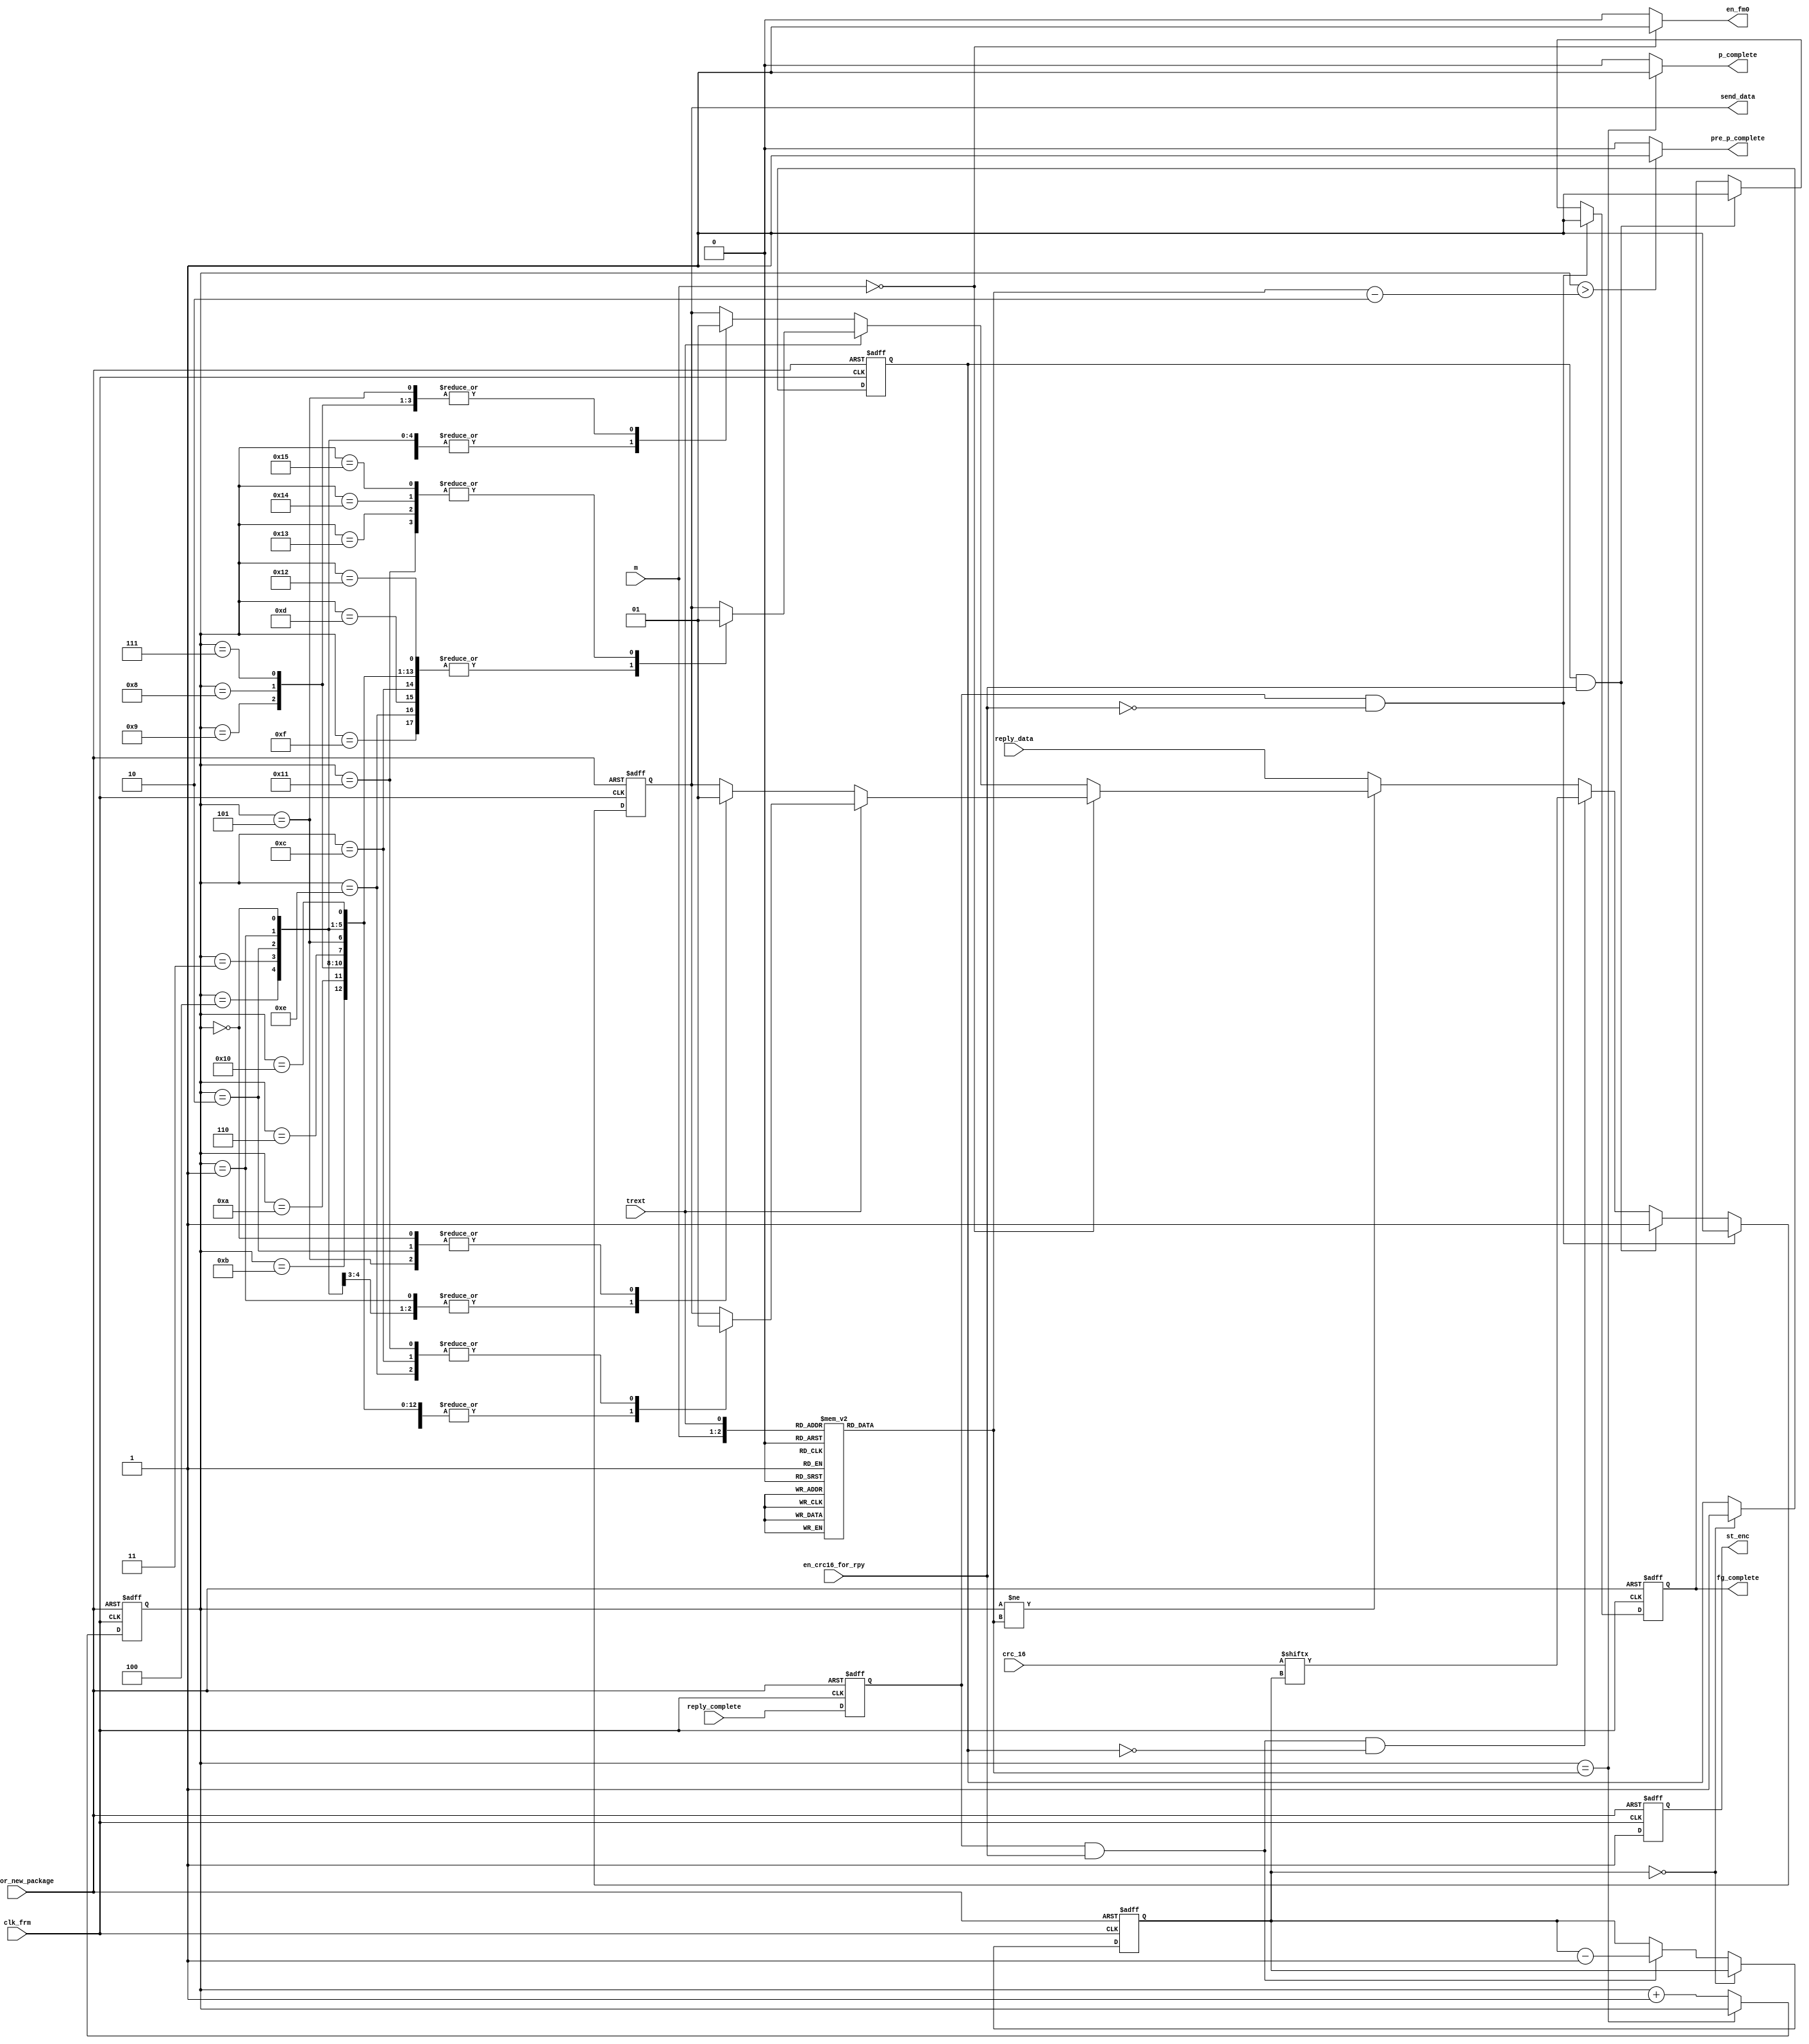
/*
	*	Frame Generator
	*
	*	Generate the replied package from Tag to Reader
	*	including Preamle, Replied Data, End-of-Signaling
	*
	*	Support FM0 Encoder and Miller Encoder in M = 2, 4, 8
	*	the forms of encoding is depends on M
	*
	*	Two forms of preamble, which is depends on Trext
*/


`timescale 1us / 1ns


module frmgen
(
output reg send_data,
output en_fm0,
output reg st_enc,
output pre_p_complete,
output p_complete,
output reg fg_complete,
input clk_frm,
input rst_for_new_package,
input reply_data,
input [15:0]crc_16,
input [1:0]m,
input trext,
input reply_complete,
input en_crc16_for_rpy
);


reg reply_complete_d;
reg [4:0]cnt_end;
reg [4:0]p_cnt;
reg [3:0]crc_cnt;
reg crc_complete;


assign en_fm0 = (m == 2'b00)? 1'b1 : 1'b0;

assign pre_p_complete = (p_cnt > (cnt_end - 5'h2))? 1'b1 : 1'b0;

assign p_complete = (p_cnt == cnt_end)? 1'b1 : 1'b0;

always@(posedge clk_frm or negedge rst_for_new_package) begin
	if(~rst_for_new_package) st_enc <= 1'b0;
	else st_enc <= 1'b1;
end

always@(posedge clk_frm or negedge rst_for_new_package) begin
	if(~rst_for_new_package) reply_complete_d <= 1'b0;
	else reply_complete_d <= reply_complete;
end

always@(*) begin
	case({m, trext})
		3'b000 : cnt_end = 5'h6;
		3'b001 : cnt_end = 5'h12;
		3'b010 : cnt_end = 5'ha;
		3'b011 : cnt_end = 5'h16;
		3'b100 : cnt_end = 5'ha;
		3'b101 : cnt_end = 5'h16;
		3'b110 : cnt_end = 5'ha;
		3'b111 : cnt_end = 5'h16;
	endcase
end

always@(posedge clk_frm or negedge rst_for_new_package) begin
	if(~rst_for_new_package) p_cnt <= 5'h0;
	else begin
		if(p_cnt == cnt_end) p_cnt <= p_cnt;
		else p_cnt <= p_cnt + 5'h1;
	end
end

always@(posedge clk_frm or negedge rst_for_new_package) begin
	if(~rst_for_new_package) send_data <= 1'b0;
	else if(~en_crc16_for_rpy & reply_complete_d) send_data <= 1'b1;
	else if(en_crc16_for_rpy &  crc_complete) send_data <= 1'b1;
	else if(reply_complete_d & en_crc16_for_rpy & ~crc_complete) send_data <= crc_16[crc_cnt];
	else begin
		if(p_cnt != cnt_end) begin
			if(m == 2'b00) begin
				if(~trext) begin
					case(p_cnt)
						5'h0 : send_data <= 1'b1;
						5'h1 : send_data <= 1'b0;
						5'h2 : send_data <= 1'b1;
						5'h3 : send_data <= 1'b0;
						5'h4 : send_data <= 1'b0;
						5'h5 : send_data <= 1'b1;
					endcase
				end
				else begin
					case(p_cnt)	
						5'h0, 5'h1, 5'h2, 5'h3, 5'h4, 5'h5, 5'h6, 5'h7, 5'h8, 5'h9, 5'ha, 5'hb : send_data <= 1'b0;
						5'hc : send_data <= 1'b1;
						5'hd : send_data <= 1'b0;
						5'he : send_data <= 1'b1;
						5'hf : send_data <= 1'b0;
						5'h10 : send_data <= 1'b0;
						5'h11 : send_data <= 1'b1;
					endcase
				end
			end
			else begin
				if(~trext) begin
					case(p_cnt)
						5'h0, 5'h1, 5'h2, 5'h3 : send_data <= 1'b0;
						5'h4 : send_data <= 1'b0;
						5'h5 : send_data <= 1'b1;
						5'h6 : send_data <= 1'b0;
						5'h7 : send_data <= 1'b1;
						5'h8 : send_data <= 1'b1;
						5'h9 : send_data <= 1'b1;
					endcase
				end
				else begin
					case(p_cnt)
						5'h0, 5'h1, 5'h2, 5'h3, 5'h4, 5'h5, 5'h6, 5'h7, 5'h8, 5'h9, 5'ha, 5'hb, 5'hc, 5'hd, 5'he, 5'hf : send_data <= 1'b0;
						5'h10 : send_data <= 1'b0;
						5'h11 : send_data <= 1'b1;
						5'h12 : send_data <= 1'b0;
						5'h13 : send_data <= 1'b1;
						5'h14 : send_data <= 1'b1;
						5'h15 : send_data <= 1'b1;
					endcase
				end
			end
		end
		else send_data <= reply_data;
	end
end

always@(posedge clk_frm or negedge rst_for_new_package) begin
	if(~rst_for_new_package) crc_cnt <= 4'hf;
	else begin
		if(crc_cnt == 4'h0) crc_cnt <= crc_cnt;
		else if(reply_complete_d & en_crc16_for_rpy) crc_cnt <= crc_cnt - 4'h1;
	end
end

always@(posedge clk_frm or negedge rst_for_new_package) begin
	if(~rst_for_new_package) crc_complete <= 1'b0;
	else if(crc_cnt == 4'h0) crc_complete <= 1'b1;
end

always@(posedge clk_frm or negedge rst_for_new_package) begin
	if(~rst_for_new_package) fg_complete <= 1'b0;
	else begin
		if(reply_complete_d & ~en_crc16_for_rpy) fg_complete <= 1'b1;
		else if(crc_complete & en_crc16_for_rpy) fg_complete <= 1'b1;
	end
end


endmodule